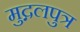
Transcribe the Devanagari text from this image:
मुद्गलपुत्र